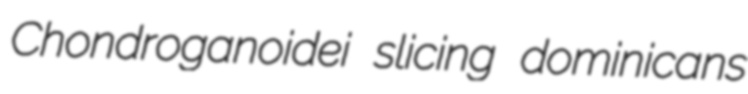
Chondroganoidei slicing dominicans